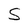
Character: S